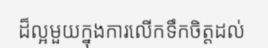
ដ៏ល្អមួយក្នុងការលើកទឹកចិត្តដល់